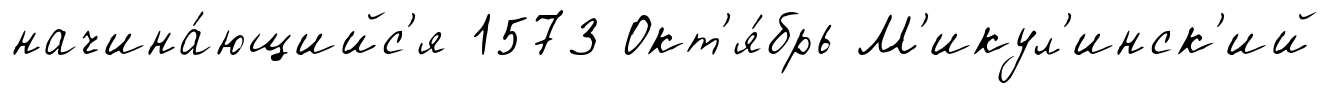
начина́ющийс'я 1573 Окт'я́брь М'икул'инск'ий